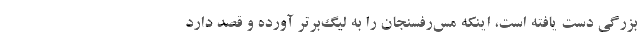
بزرگی دست یافته است، اینکه مس‌رفسنجان را به لیگ‌برتر آورده و قصد دارد